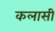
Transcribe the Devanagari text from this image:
कलासी